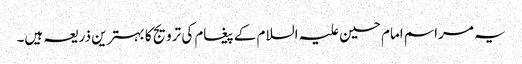
یہ مراسم امام حسین علیہ السلام کے پیغام کی ترویج کا بہترین ذریعہ ہیں۔